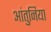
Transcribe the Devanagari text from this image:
आंतुनिया